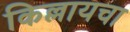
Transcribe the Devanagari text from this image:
किल्लायचा